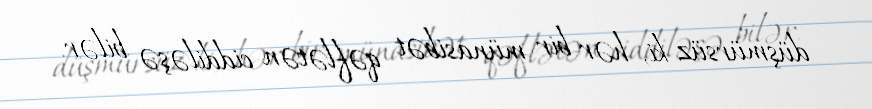
düşmürsüz ki, hər bir münasibət qəflətən ciddiləşə bilər.